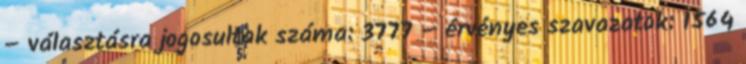
– választásra jogosultak száma: 3777 – érvényes szavazatok: 1564